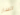
السار